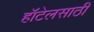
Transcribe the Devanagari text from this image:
हॉटेलसाठी